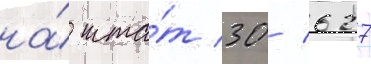
на́ шта́т 30/ 627